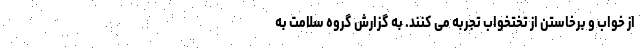
از خواب و برخاستن از تختخواب تجربه می کنند. به گزارش گروه سلامت به